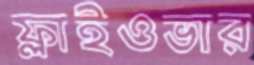
ফ্লাইওভার